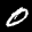
Label: 0